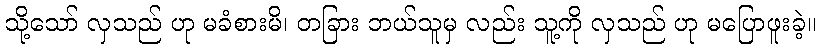
သို့သော် လှသည် ဟု မခံစားမိ၊ တခြား ဘယ်သူမှ လည်း သူ့ကို လှသည် ဟု မပြောဖူးခဲ့။